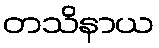
တသိနာယ